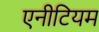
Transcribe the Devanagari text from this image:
एनीटियम